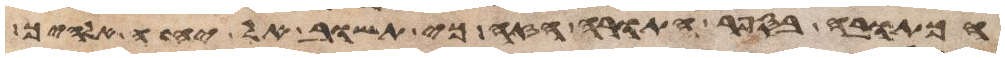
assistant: הכתובה בספר התורה הזה כי תשוב אל יהוה אלהיך